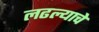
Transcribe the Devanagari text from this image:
लढल्याचे